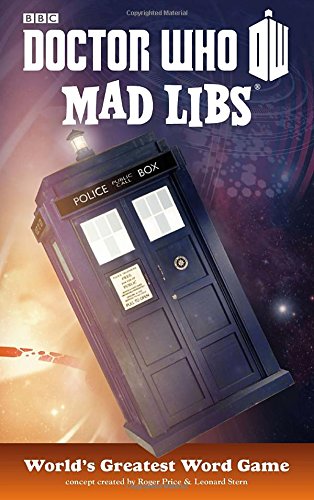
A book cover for Doctor Who Mad Libs; Price Stern Sloan; Science Fiction & Fantasy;